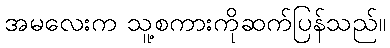
အမလေးက သူ့စကားကိုဆက်ပြန်သည်။